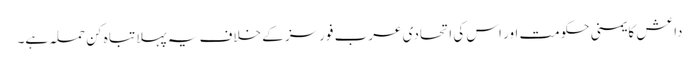
داعش کا یمنی حکومت اور اس کی اتحادی عرب فورسز کے خلاف یہ پہلا تباہ کن حملہ ہے۔